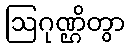
ဩဂုဏ္ဌိတွာ